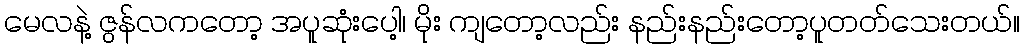
မေလနဲ့ ဇွန်လကတော့ အပူဆုံးပေါ့၊ မိုး ကျတော့လည်း နည်းနည်းတော့ပူတတ်သေးတယ်။